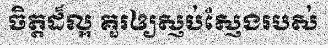
ចិត្តដ៏ល្អ គួរឲ្យស្ញប់ស្ញែងរបស់